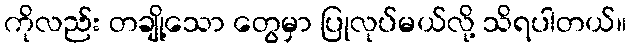
ကိုလည်း တချို့သော တွေမှာ ပြုလုပ်မယ်လို့ သိရပါတယ်။